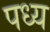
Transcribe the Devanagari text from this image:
पध्य